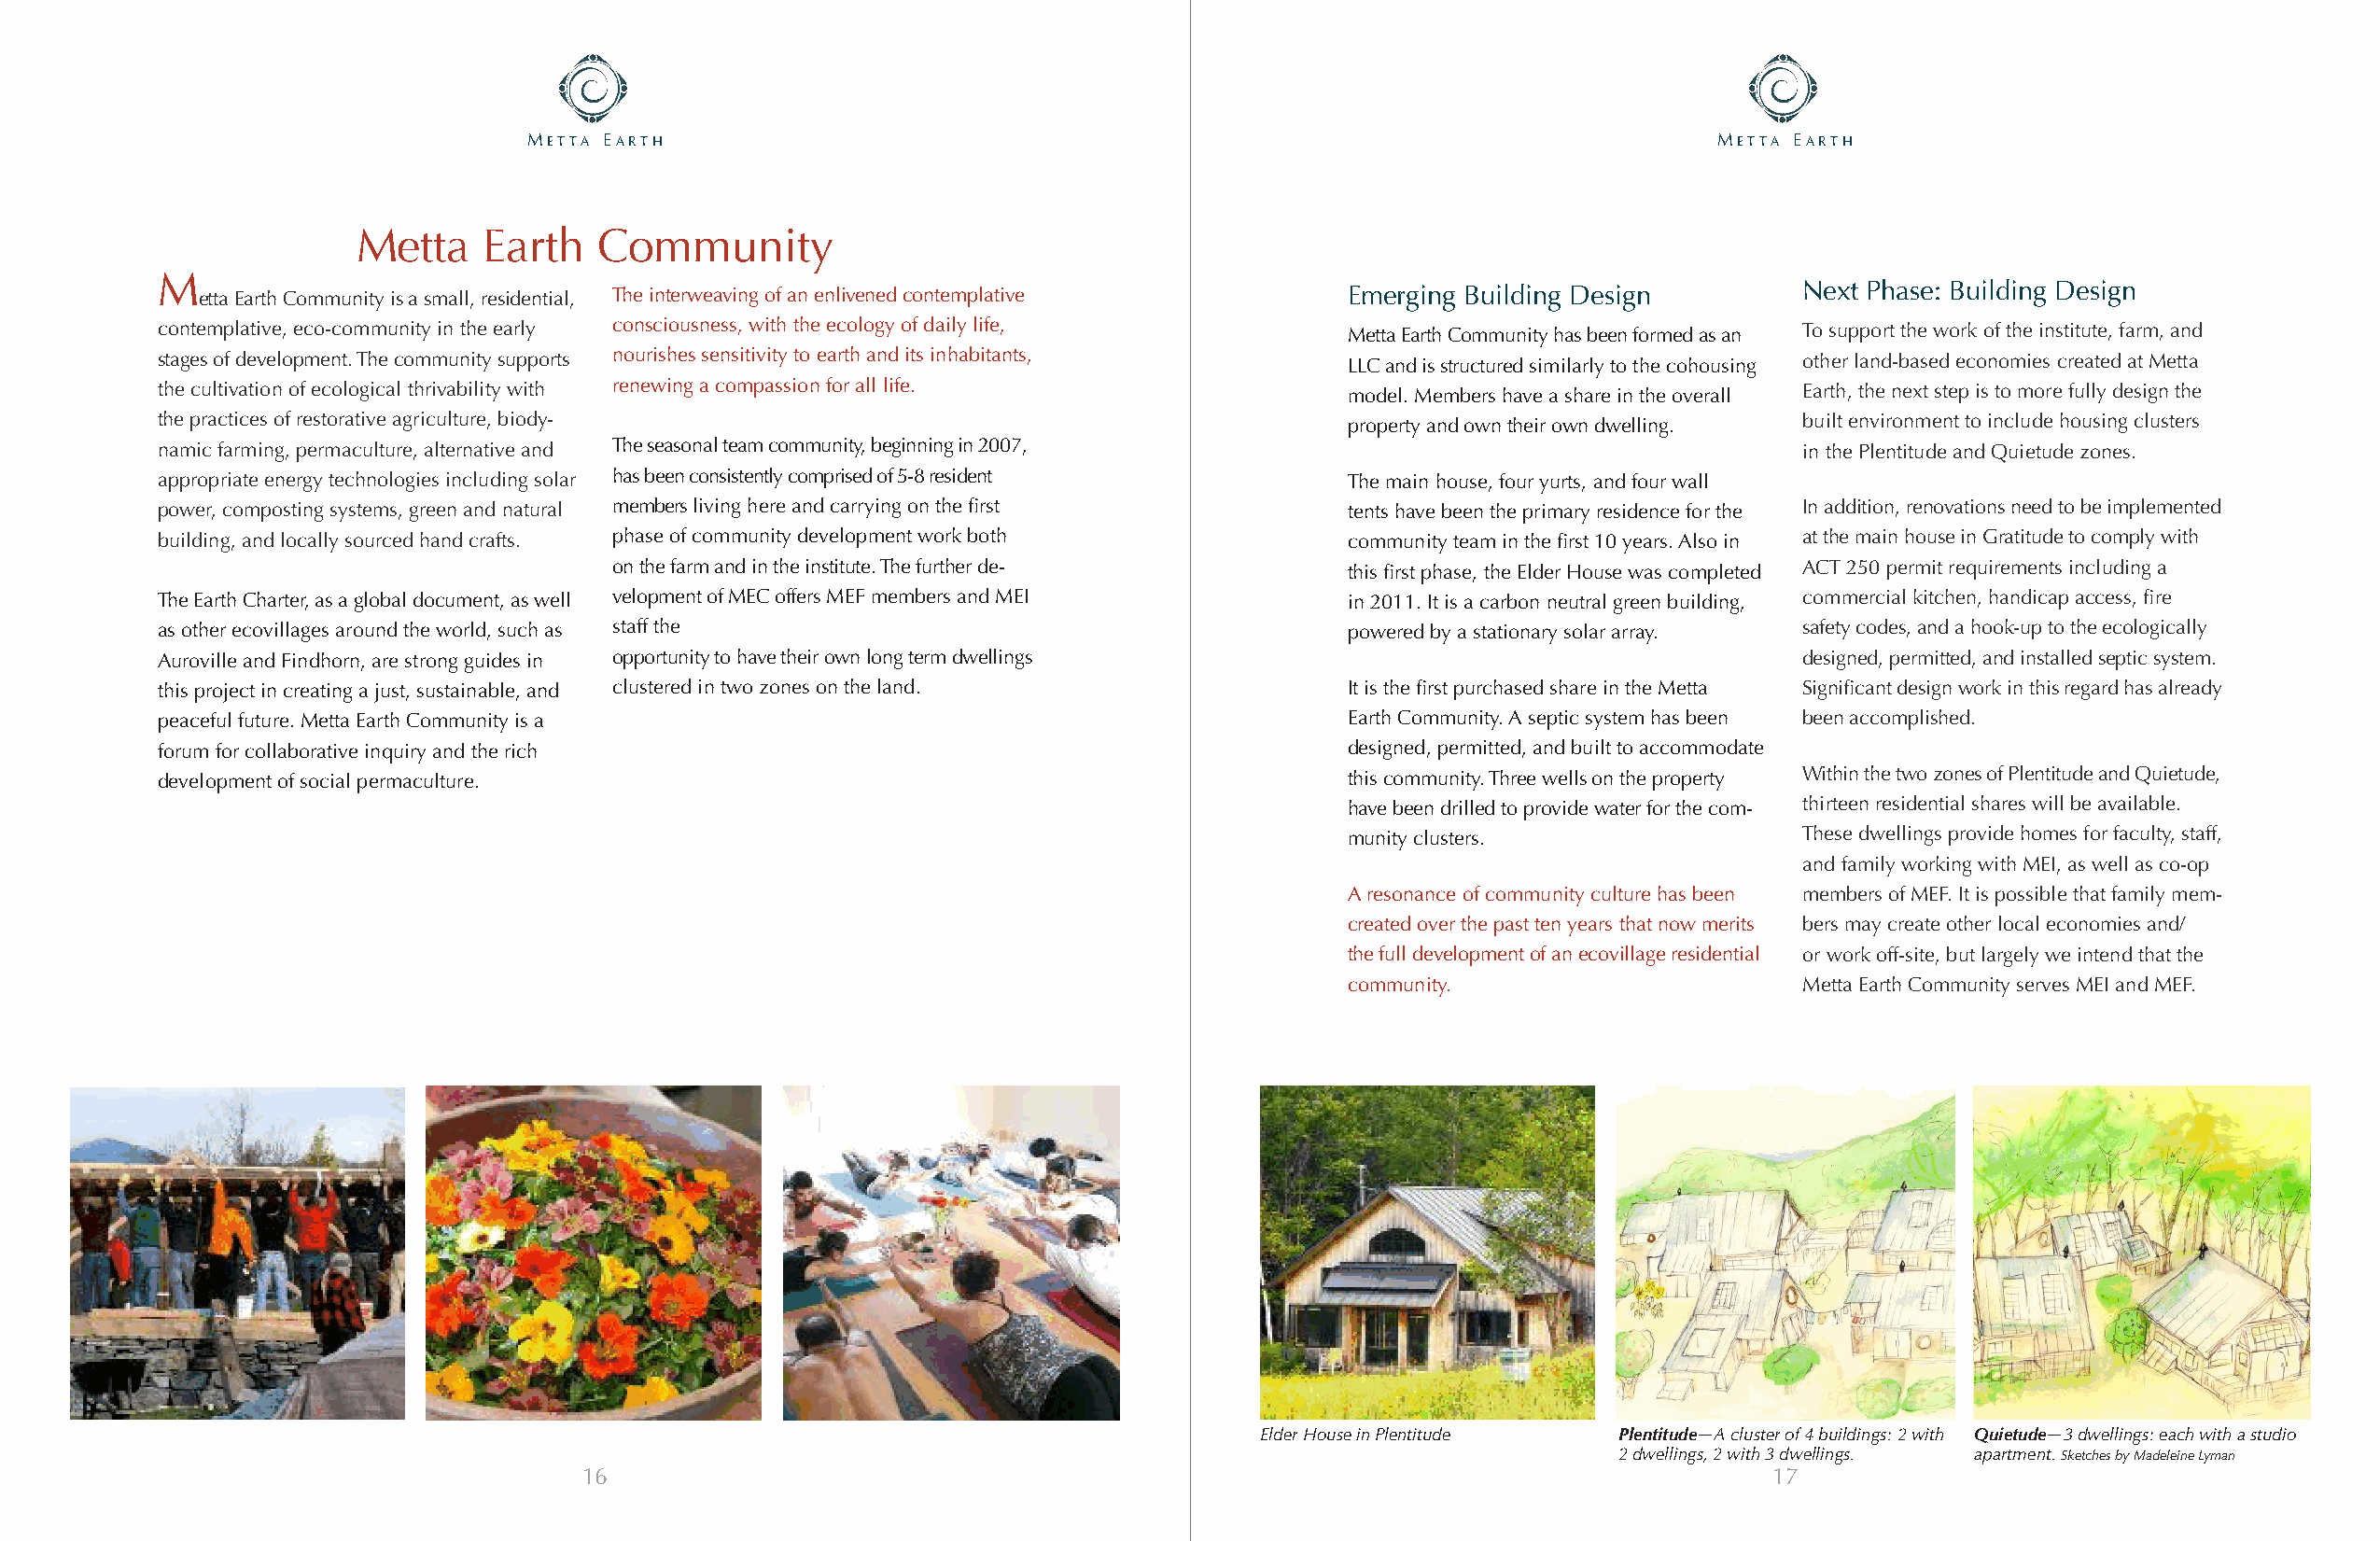
Metta earth                                                                          Metta earth
 Metta    Earth   Community
 M
 etta Earth Community is a small, residential, The interweaving of an enlivened contemplative Emerging Building Design Next Phase: Building Design
 contemplative, eco-community in the early consciousness, with the ecology of daily life, Metta Earth Community has been formed as an To support the work of the institute, farm, and
 stages of development. The community supports nourishes sensitivity to earth and its inhabitants, LLC and is structured similarly to the cohousing other land-based economies created at Metta
 the cultivation of ecological thrivability with renewing a compassion for all life.  model. Members have a share in the overall Earth, the next step is to more fully design the
 the practices of restorative agriculture, biody-                                     property and own their own dwelling. built environment to include housing clusters
 namic farming, permaculture, alternative and The seasonal team community, beginning in 2007,                         in the Plentitude and Quietude zones.
 appropriate energy technologies including solar has been consistently comprised of 5-8 resident The main house, four yurts, and four wall
 power, composting systems, green and natural members living here and carrying on the first tents have been the primary residence for the In addition, renovations need to be implemented
 building, and locally sourced hand crafts. phase of community development work both  community team in the first 10 years. Also in at the main house in Gratitude to comply with
 on the farm and in the institute. The further de-    this first phase, the Elder House was completed ACT 250 permit requirements including a
 The Earth Charter, as a global document, as well velopment of MEC offers MEF members and MEI in 2011. It is a carbon neutral green building, commercial kitchen, handicap access, fire
 as other ecovillages around the world, such as staff the                             powered by a stationary solar array. safety codes, and a hook-up to the ecologically
 Auroville and Findhorn, are strong guides in opportunity to have their own long term dwellings                       designed, permitted, and installed septic system.
 this project in creating a just, sustainable, and clustered in two zones on the land. It is the first purchased share in the Metta Significant design work in this regard has already
 peaceful future. Metta Earth Community is a                                          Earth Community. A septic system has been been accomplished.
 forum for collaborative inquiry and the rich                                         designed, permitted, and built to accommodate
 development of social permaculture.                                                  this community. Three wells on the property Within the two zones of Plentitude and Quietude,
 have been drilled to provide water for the com- thirteen residential shares will be available.
 munity clusters.                These dwellings provide homes for faculty, staff,
 and family working with MEI, as well as co-op
 A resonance of community culture has been members of MEF. It is possible that family mem-
 created over the past ten years that now merits bers may create other local economies and/
 the full development of an ecovillage residential or work off-site, but largely we intend that the
 community.                      Metta Earth Community serves MEI and MEF.
 Elder House in Plentitude Plentitude—A cluster of 4 buildings: 2 with Quietude—3 dwellings: each with a studio
 2 dwellings, 2 with 3 dwellings. apartment. Sketches by Madeleine Lyman
 16                                                                                   17